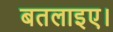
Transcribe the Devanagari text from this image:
बतलाइए।